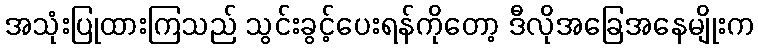
အသုံးပြုထားကြသည် သွင်းခွင့်ပေးရန်ကိုတော့ ဒီလိုအခြေအနေမျိုးက